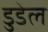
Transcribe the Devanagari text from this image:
डुडेल